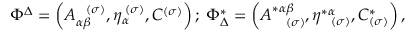
\Phi ^ { \Delta } = \left( A _ { \alpha \beta } ^ { \; \; \; ( \sigma ) } , \eta _ { \alpha } ^ { \; ( \sigma ) } , C ^ { ( \sigma ) } \right) ; \; \Phi _ { \Delta } ^ { * } = \left( A _ { \; \; \; \; ( \sigma ) } ^ { * \alpha \beta } , \eta _ { \; \; \; ( \sigma ) } ^ { * \alpha } , C _ { ( \sigma ) } ^ { * } \right) ,